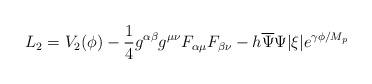
LaTeX: \begin{align*}L_{2}=V_{2}(\phi)-\frac{1}{4}g^{\alpha\beta}g^{\mu\nu}F_{\alpha\mu}F_{\beta\nu}-h\overline{\Psi}\Psi|\xi | e^{\gamma\phi/M_{p}} \end{align*}